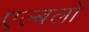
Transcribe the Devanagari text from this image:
एल्बलों